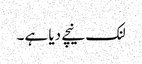
لنک نیچے دیا ہے۔